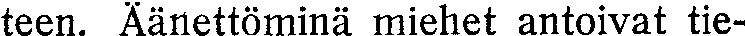
teen. Aänettöminä miehet antoivat tie-